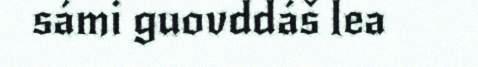
sámi guovddáš lea